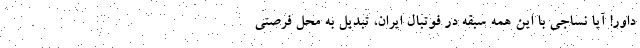
داور! آیا نساجی با این همه سبقه در فوتبال ایران، تبدیل به محل فرصتی